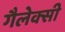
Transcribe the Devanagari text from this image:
गैलेक्‍सी